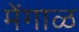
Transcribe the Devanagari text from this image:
मेंगाळ